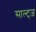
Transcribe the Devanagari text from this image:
साल्ट्ज़